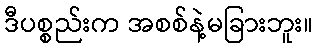
ဒီပစ္စည်းက အစစ်နဲ့မခြားဘူး။